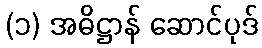
(၁) အဓိဋ္ဌာန် ဆောင်ပုဒ်